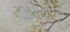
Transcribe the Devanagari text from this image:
अरजेंटीपेस